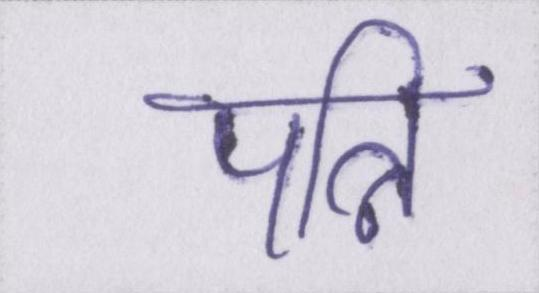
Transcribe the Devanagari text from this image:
पत्नि